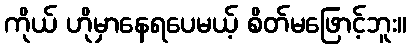
ကိုယ် ဟိုမှာနေရပေမယ့် စိတ်မဖြောင့်ဘူး။